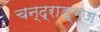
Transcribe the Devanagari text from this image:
चन्द्राङ्गज